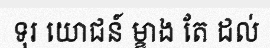
ទុរ យោជន៍ ម្ខាង តែ ដល់